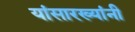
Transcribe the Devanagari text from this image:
यांसारख्यांनी